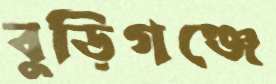
বুড়িগঞ্জে